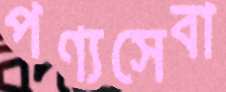
পণ্যসেবা